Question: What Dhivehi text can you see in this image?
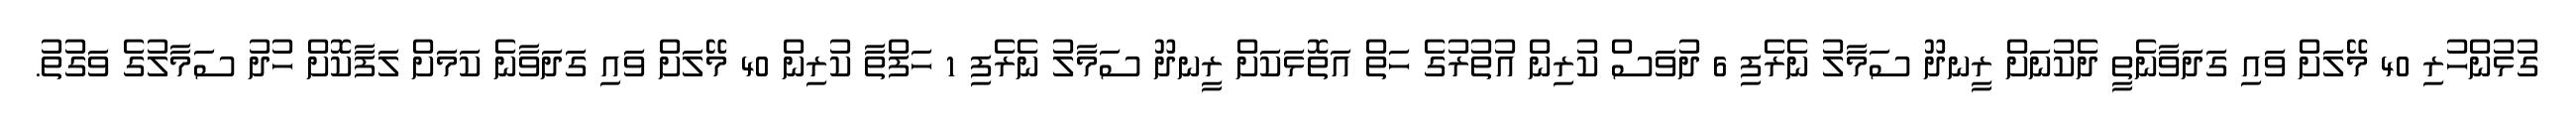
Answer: ގުޅުންހުރި 40 މޭލަށް ވައި ގަދަވާނެތީ ދެކުނަށް ރީނދޫ ސަމާލު ނެރެފި 6 ދުވަސް ކުރިން އުތުރުގެ ހަތް އަތޮޅަކަށް ރީނދޫ ސަމާލު ނެރެފި 1 ހަފްތާ ކުރިން 40 މޭލަށް ވައި ގަދަވާނެ ކަމަށް ލަފާކޮށް ހުދު ސަމާލުގެ ވަގުތު.